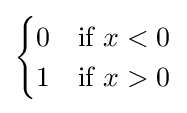
{\begin{cases}0&{\text{if }}x<0\\1&{\text{if }}x>0\end{cases}}